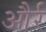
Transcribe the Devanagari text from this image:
और्र